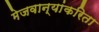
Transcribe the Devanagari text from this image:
मेजवान्यांकरिता